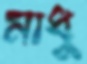
মাধু